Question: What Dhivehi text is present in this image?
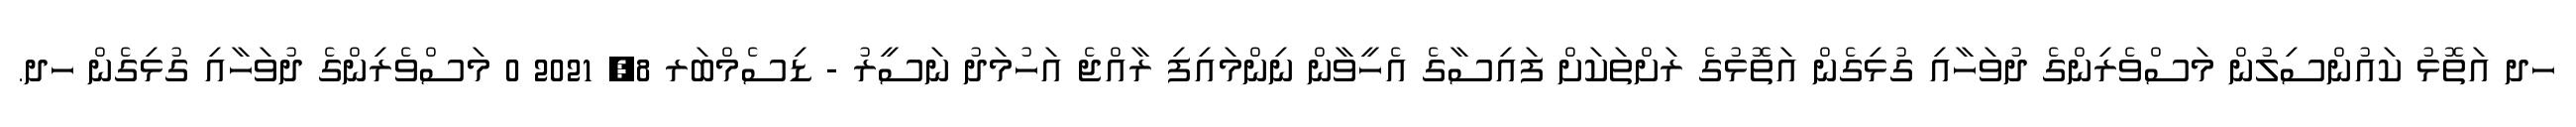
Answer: ހދ އަތޮޅު ކައުންސިލުން މަސްވެރިންގެ ދުވަހާއި ގުޅިގެން އަތޮޅުގެ ރަށްތަކަށް ފައިސާގެ އެހީވާން ނިންމައިފި ރާއްޖެ އަހުމަދު ނަސީރު - ޑިސެމްބަރ 8, 2021 0 މަސްވެރިންގެ ދުވަހާއި ގުޅިގެން ހދ.